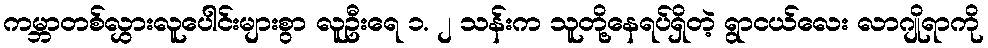
ကမ္ဘာတစ်လွှားလူပေါင်းများစွာ လူဦးရေ ၁. ၂ သန်းက သူတို့နေရပ်ရှိတဲ့ ရွာငယ်လေး လာဂျိုရာကို